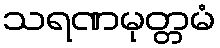
သရဏမုတ္တမံ